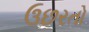
ઉછરતો